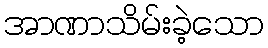
အာဏာသိမ်းခဲ့သော